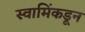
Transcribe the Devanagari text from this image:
स्वामिंकडून